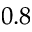
0 . 8